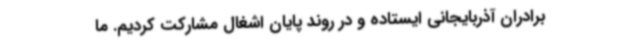
برادران آذربایجانی ایستاده و در روند پایان اشغال مشارکت کردیم. ما